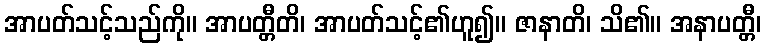
အာပတ်သင့်သည်ကို။ အာပတ္တီတိ၊ အာပတ်သင့်၏ဟူ၍။ ဇာနာတိ၊ သိ၏။ အနာပတ္တီ၊